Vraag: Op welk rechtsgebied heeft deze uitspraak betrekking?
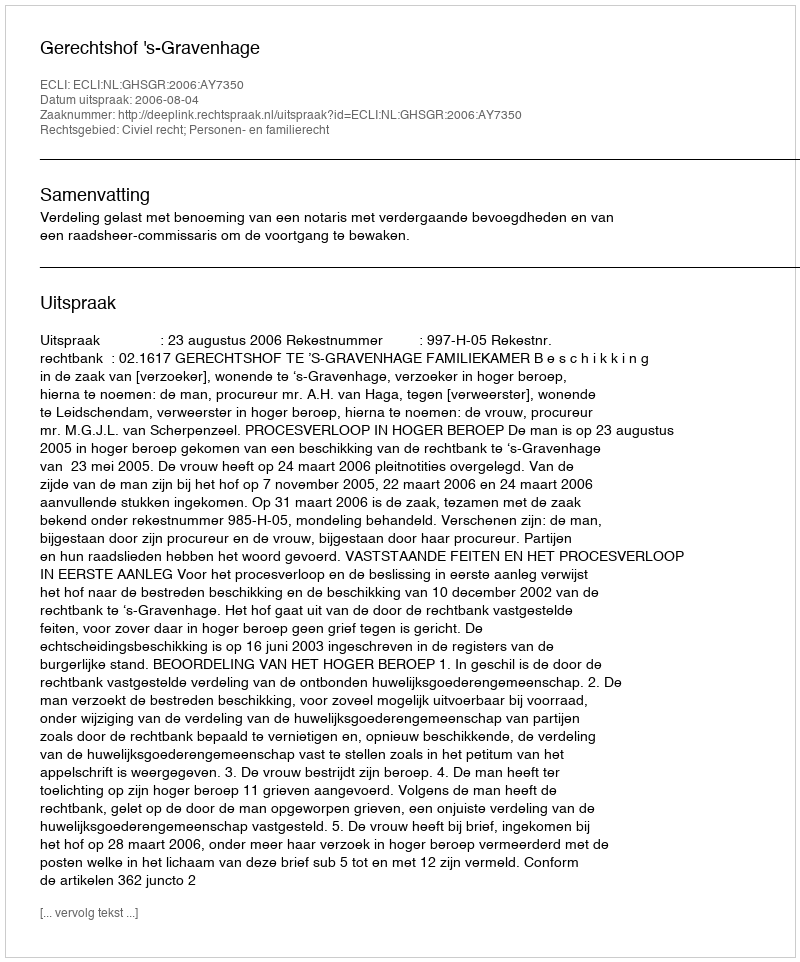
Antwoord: Civiel recht; Personen- en familierecht